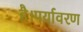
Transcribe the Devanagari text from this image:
है।पर्यावरण